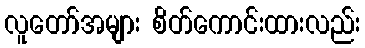
လူတော်အများ စိတ်ကောင်းထားလည်း